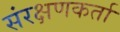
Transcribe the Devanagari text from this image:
संरक्षणकर्ता